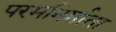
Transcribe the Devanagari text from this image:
परमनिर्माता